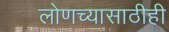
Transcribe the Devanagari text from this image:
लोणच्यासाठीही